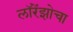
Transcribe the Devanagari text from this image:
लॉरेंझोचा